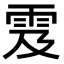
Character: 雭